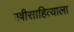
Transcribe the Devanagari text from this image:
स्त्रीसाहित्याला